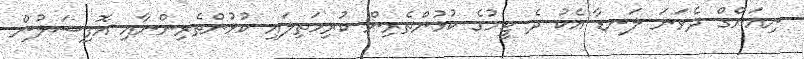
ނިއަންގް ދެވަނަ ލަނޑާ އެކު ދެ ޓީމުގެ ކުޅުންތެރިން ކުރިމަތިލައި ކުޅުންތެރިންނާއި އޮފިޝަލުން